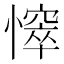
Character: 𢢒